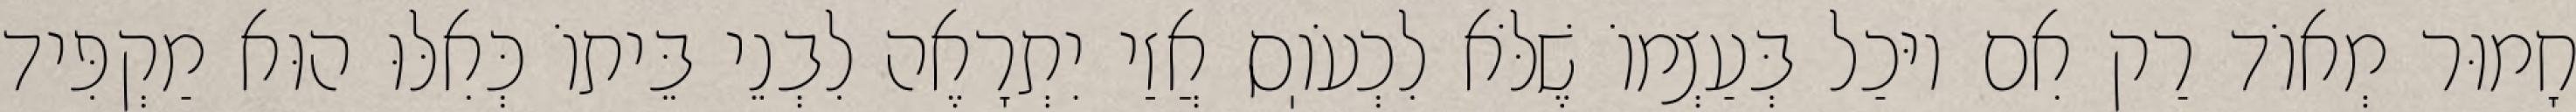
חָמוּר מְאוֹד רַק אִם יוּכַל בְּעַצְמוֹ שֶׁלֹּא לִכְעֹוֽס אֲזַי יִתְרָאֶה לִבְנֵי בֵּיתוֹ כְּאִלּוּ הוּא מַקְפִּיד